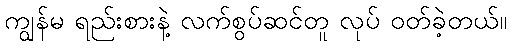
ကျွန်မ ရည်းစားနဲ့ လက်စွပ်ဆင်တူ လုပ် ဝတ်ခဲ့တယ်။